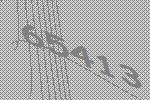
65413